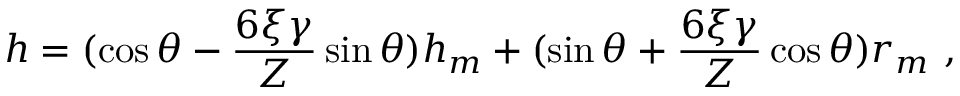
h = ( \cos \theta - \frac { 6 \xi \gamma } { Z } \sin \theta ) h _ { m } + ( \sin \theta + \frac { 6 \xi \gamma } { Z } \cos \theta ) r _ { m } \mathrm { ~ , ~ }